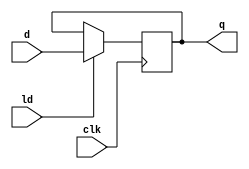
module reg_5b(d, ld, clk, q);
  input [4:0] d;
  input ld, clk;
  output [4:0] q;
  reg [4:0] q;
  
  always @(posedge clk)
	if (ld)
	  q <= d;
  
endmodule